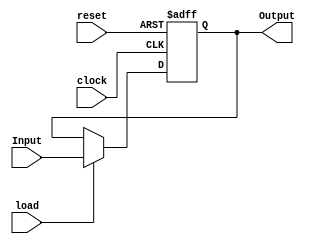
module register (clock, reset, load, Input, Output);  

parameter n = 8;
input clock, reset, load;
input [n-1:0]Input;
output reg [n-1:0]Output;

always@(posedge clock, negedge reset)
begin
	if(!reset)
		Output<= 0;
	else
	begin
		if(load)
			Output <= Input;
		else
			Output <= Output;
	end
end

endmodule